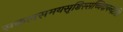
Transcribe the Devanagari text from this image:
सकलसमयसृष्टिस्सच्चिदानन्ददृष्टिः